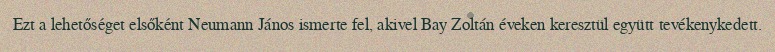
Ezt a lehetőséget elsőként Neumann János ismerte fel, akivel Bay Zoltán éveken keresztül együtt tevékenykedett.